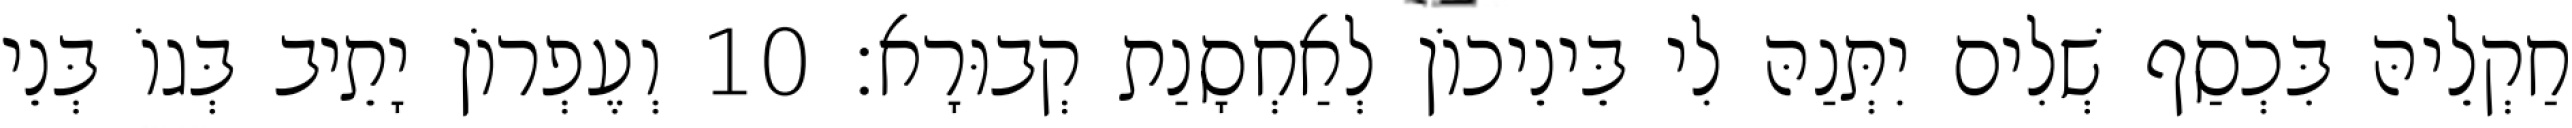
חַקְלֵיהּ בִּכְסַף שְׁלִים יִתְּנַהּ לִי בֵּינֵיכוֹן לְאַחְסָנַת קְבוּרָא׃ 10 וְעֶפְרוֹן יָתֵיב בְּגוֹ בְּנֵי